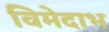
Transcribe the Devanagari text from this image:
विमेदाभ